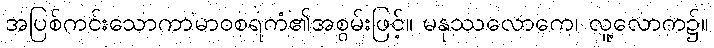
အပြစ်ကင်းသောကာမာဝစရကံ၏အစွမ်းဖြင့်။ မနုဿလောကေ၊ လူ့လောက၌။